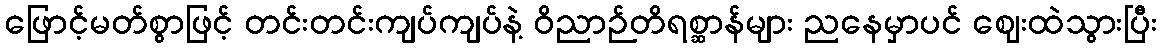
ဖြောင့်မတ်စွာဖြင့် တင်းတင်းကျပ်ကျပ်နဲ့ ဝိညာဉ်တိရစ္ဆာန်များ ညနေမှာပင် ဈေးထဲသွားပြီး